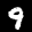
Label: 9